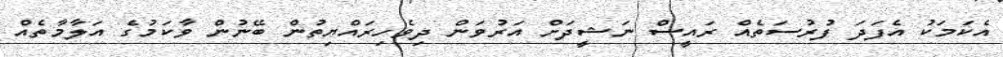
އެކަމަކު އެފަދަ ފުރުސަތެއް ރައީސް ނަޝީދަށް އަރުވަން ދިވެހިރައްޔިތުން ބޭނުން ވާކަމުގެ އަލާމާތެއް